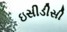
ઇસીડીસી